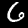
Digit: 6